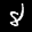
Label: 8